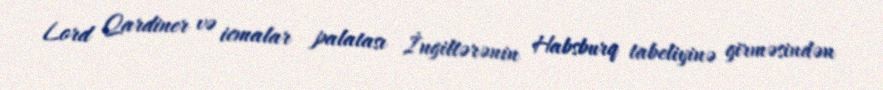
Lord Qardiner və icmalar palatası İngiltərənin Habsburq tabeliyinə girməsindən